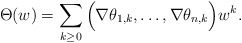
\begin{align*} \Theta(w)= \sum_{k\geq 0} \Big( \nabla\theta_{1,k},\dots,\nabla\theta_{n,k} \Big)w^k.\end{align*}